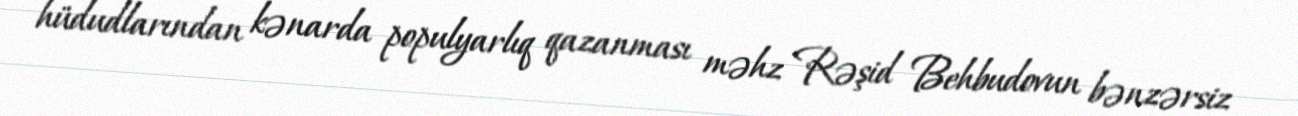
hüdudlarından kənarda populyarlıq qazanması məhz Rəşid Behbudovun bənzərsiz